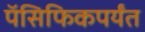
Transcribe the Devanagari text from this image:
पॅसिफिकपर्यंत